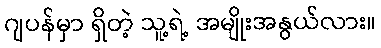
ဂျပန်မှာ ရှိတဲ့ သူ့ရဲ့ အမျိုးအနွယ်လား။